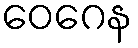
ဝေဂေန